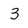
Character: 3